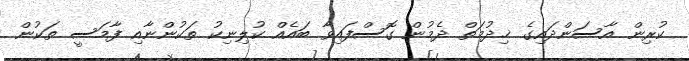
ކުރިން އާސަންދައިގެ ޚިދުމަތް ދެމުން ގޮސްފައިވާ ބައެއް ކުލިނިކު ތަކުންނާއި ފާމަސީ ތަކުން